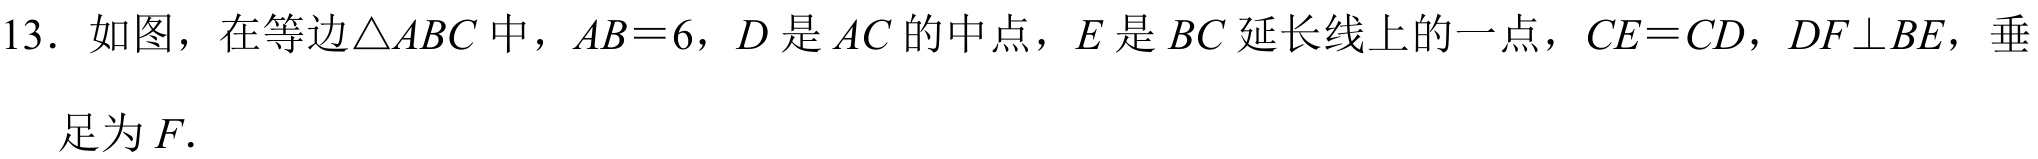
13. 如图，在等边$\triangle ABC$中，$AB = 6$，$D$是$AC$的中点，$E$是$BC$延长线上的一点，$CE = CD$，$DF\perp BE$，垂
足为$F.$